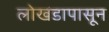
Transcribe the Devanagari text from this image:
लाेखंडापासून